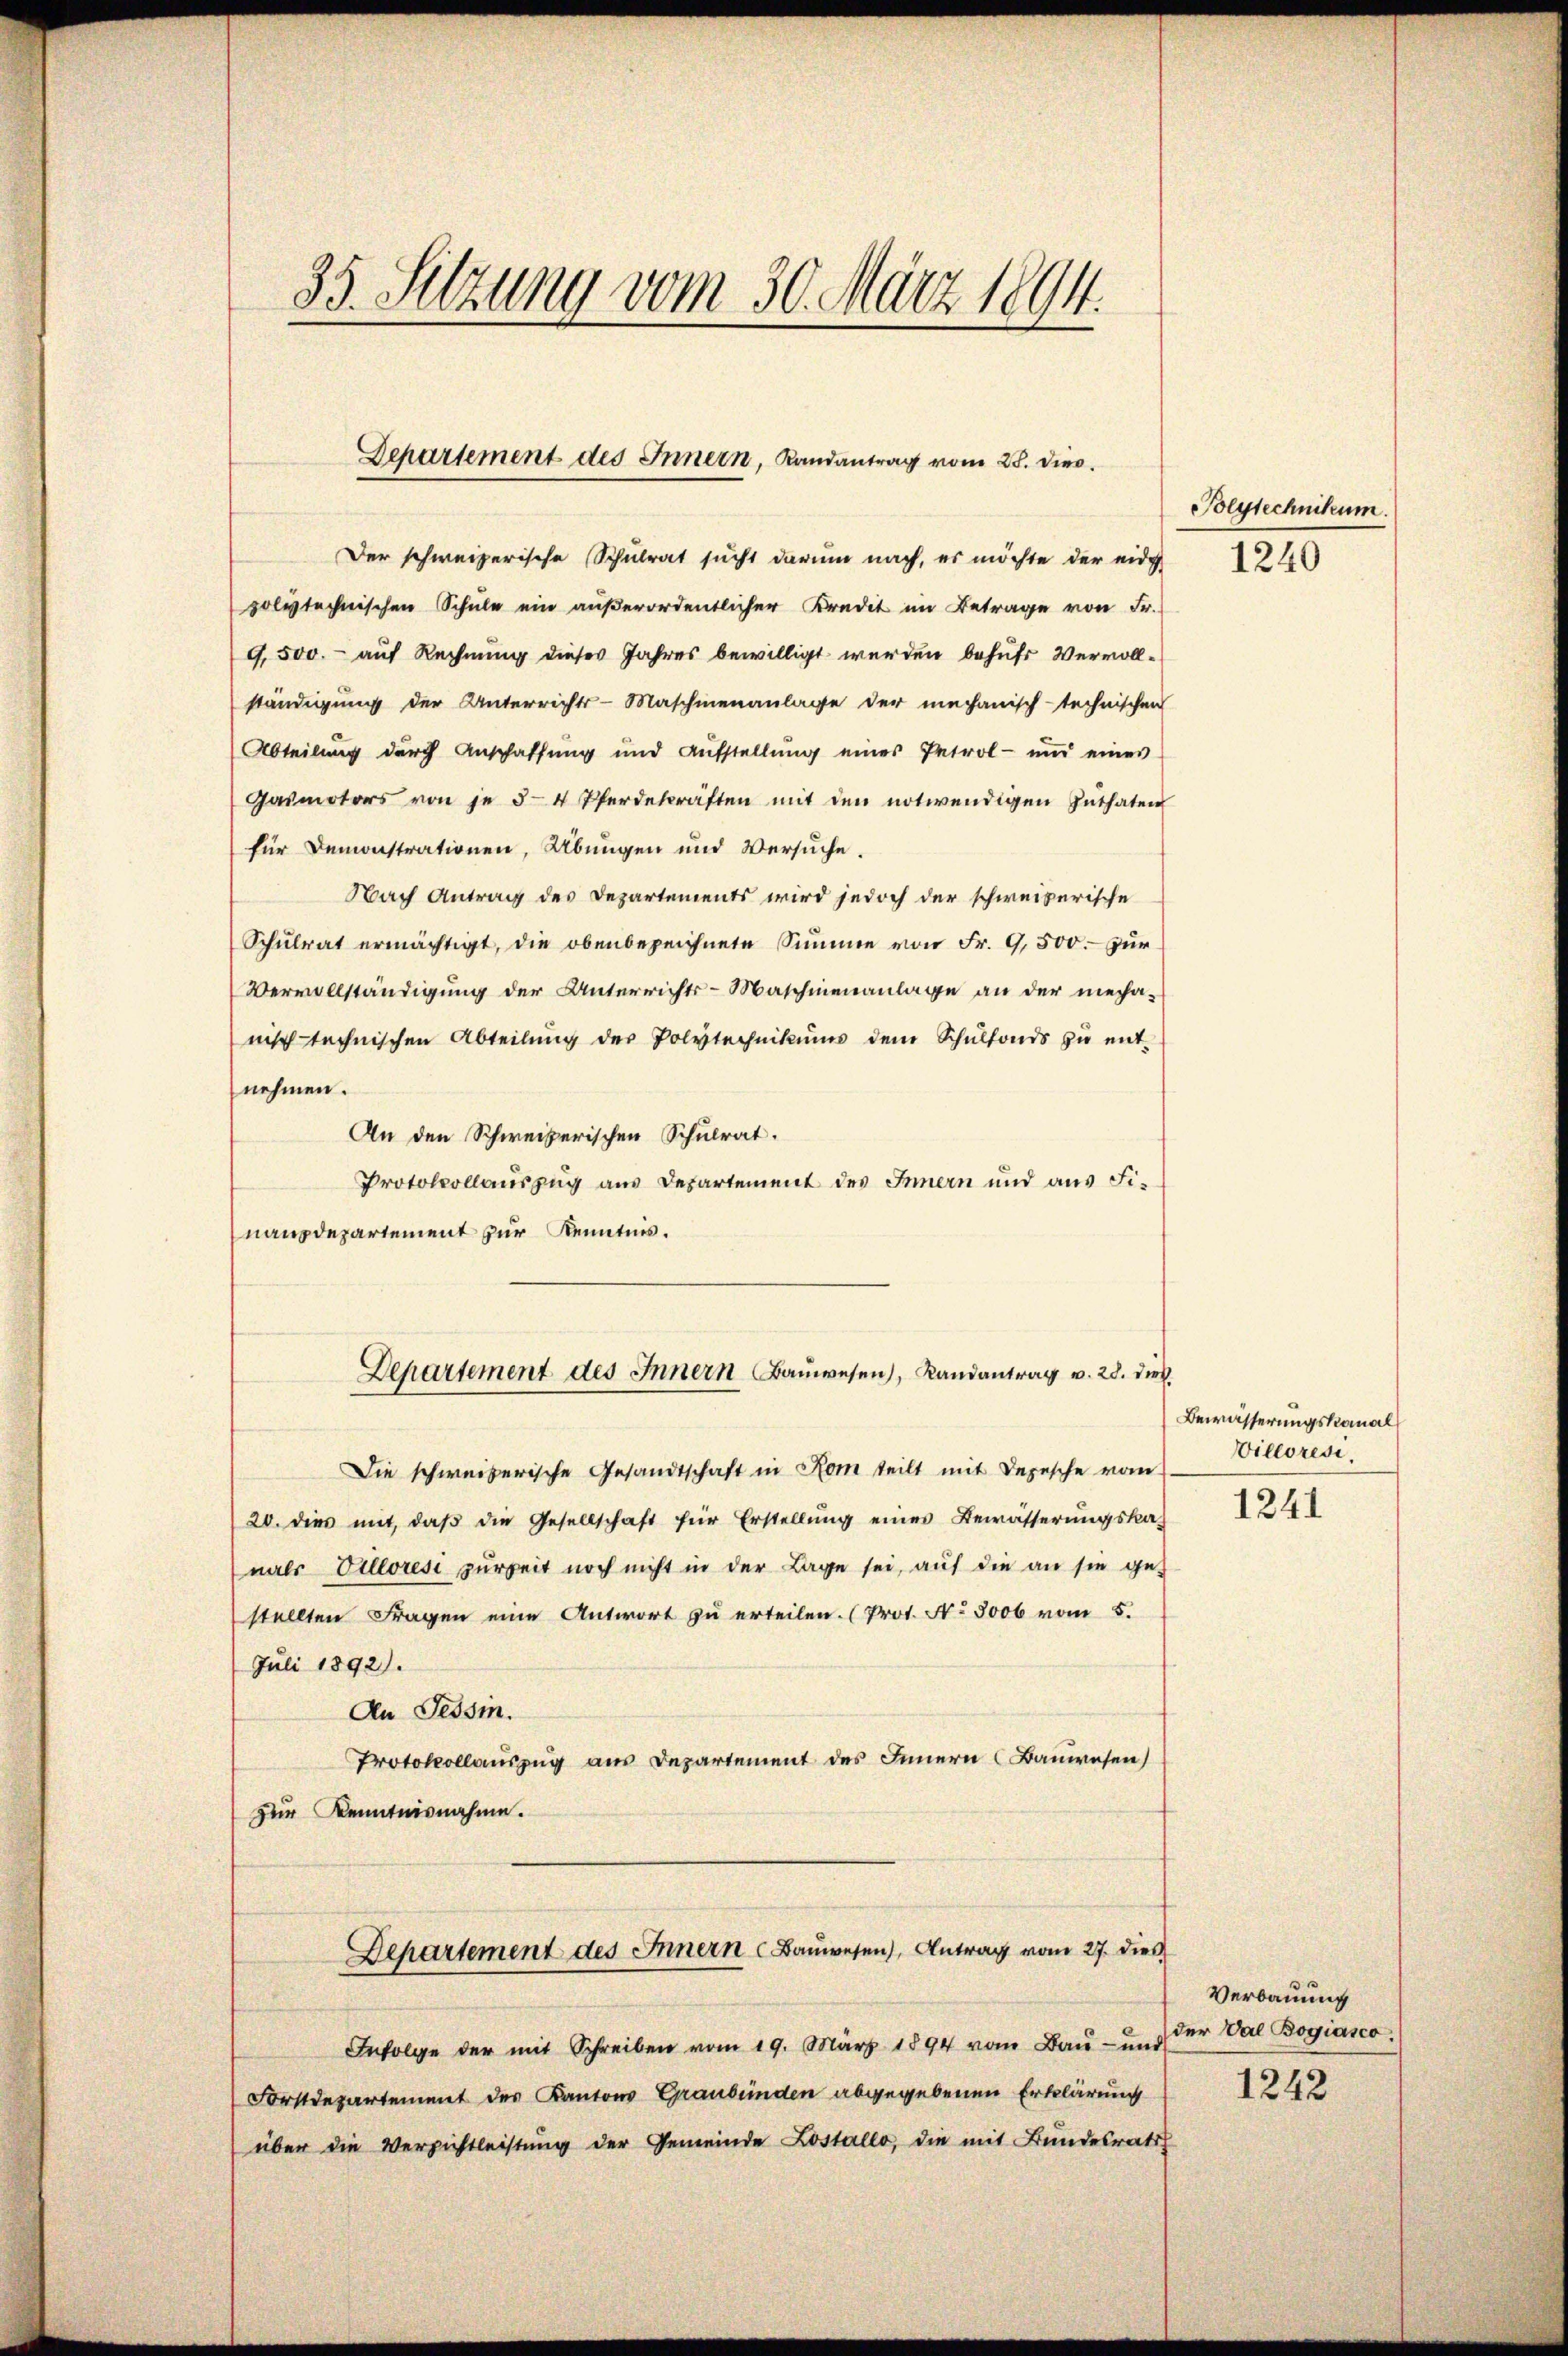
35. Setzung vom 30. März 1894.

Der schweizerische Schulrat sucht darum nach, es möchte der eidg. 240
polytechnischen Schŭle ein aŭβerordentlicher Kredit im Betrage von Fr.
9,500.- auf Rechnung dieses Jahres bewilligt werden behufs Vervollständigung der Unterrichts-Maschienanlage der mechanisch-technischen
Abteilung durch Anschaffung und Aŭfstellŭng eines Petrol- und eines
Gasmotors von je 3-4 Pferdekräften mit den notwendigen Zuthaten
für Demonstrationen, Übungen und Versuche.
Nach Antrag des Departements wird jedoch der schweizerische
Schŭlrat ermächtigt, die obenbezeichnete Summe von Fr. 9,500.- zur
Vervollständigung der Unterrichts-Maschinenanlage an der mecha-
nitt technischen Abteilŭng der Polytechnikums dem Schŭlfonds zu ent-
nehmen.
An den Schweizerischen Schulrat.
Protokollauszug aus Departement des Innern und aus Finanzdepartement zur Kenntnis.
Die schweizerische Gesandtschaft in Rom teilt mit Depesche vom
20. dies mit, daβ die Gesellschaft für Erstellŭng eines Bewässerŭngska-
nals Villoresi zurZeit noch nicht in der Lage sei, auf die an sie gestellten Fragen eine Antwort zu erteilen. (Prot. No. 5000 vom 5.
Juli 1892).
An Tessin.
Protokollauszug aus Departement des Innern Bauwesen
zur Kenntnisnahme.
Departement des Innern Baŭwesen), Antrag vom 27. dies
Infolge der mit Schreiben vom 19. März 1894 vom Baŭ- und der Val Bogiasco
Forstdepartement der Kantons Graubünden abgegebenen Erklärung
über die Versichtleistung der Gemeinde Lostallo, die mit Bundesrath

Departement des Innern, Landantrag vom 28. dies

Departement des Innern Bauwesen), Landantrag v. 28. dies

Polytechnikum.

Bewässerungskanal
Willeres,

1241

Verbauung
1242